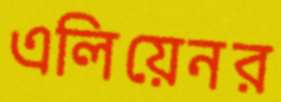
এলিয়েনর